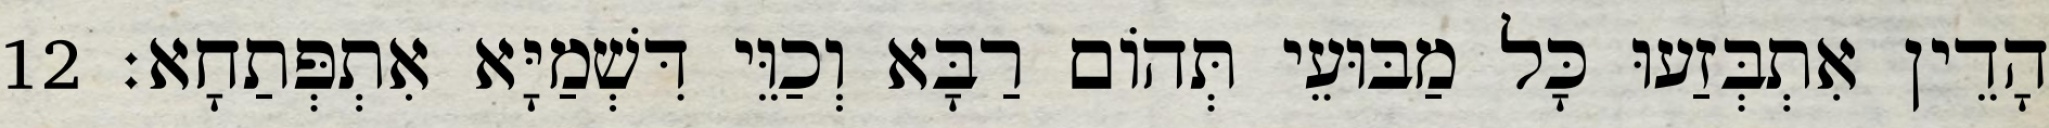
הָדֵין אִתְבְּזַעוּ כָּל מַבּוּעֵי תְּהוֹם רַבָּא וְכַוֵּי דִּשְׁמַיָּא אִתְפְּתַחָא׃ 12